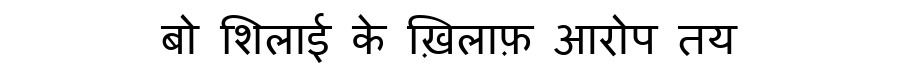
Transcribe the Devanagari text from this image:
बो शिलाई के ख़िलाफ़ आरोप तय